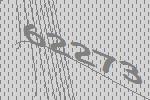
62273